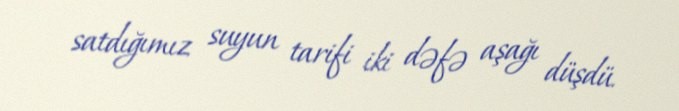
satdığımız suyun tarifi iki dəfə aşağı düşdü.